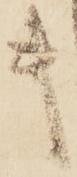
キ